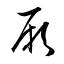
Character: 厥